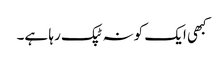
کبھی ایک کونہ ٹپک رہا ہے۔